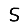
Digit: 5